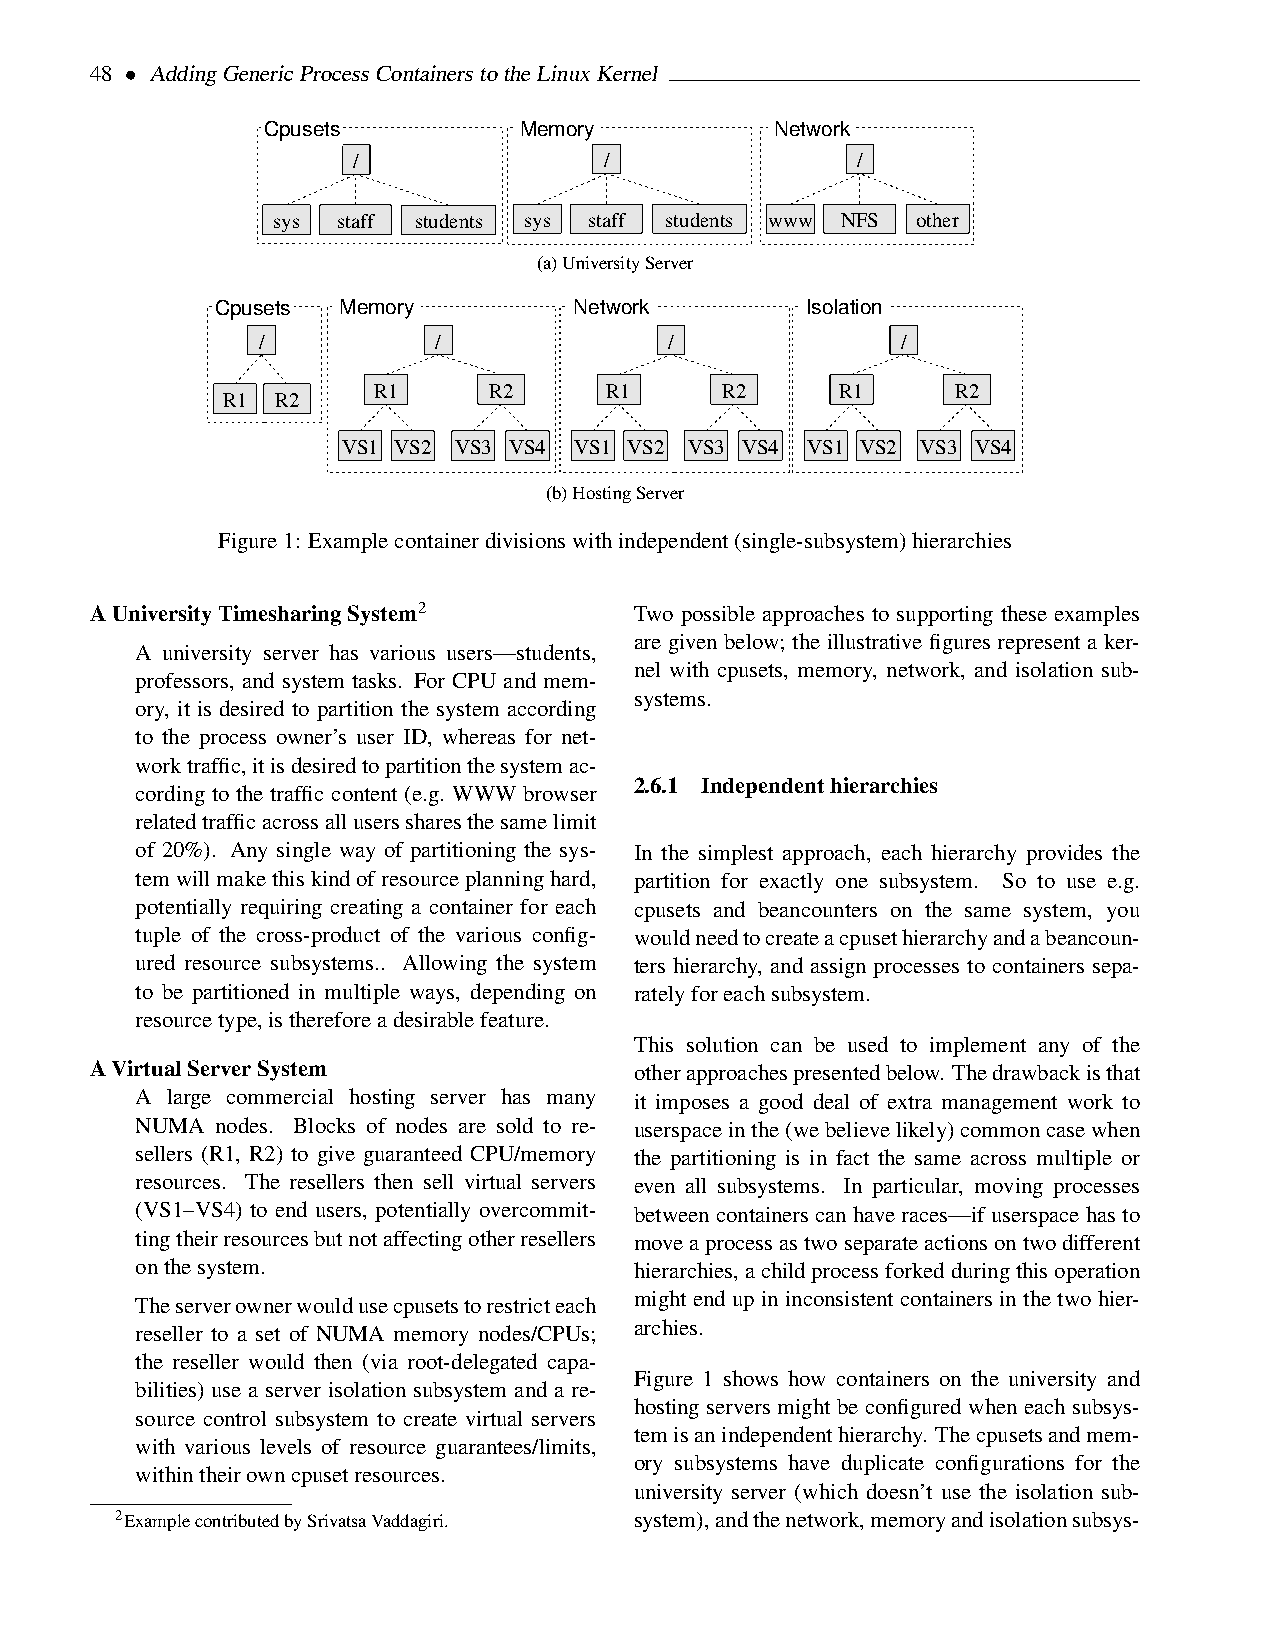
48 • AddingGenericProcessContainerstotheLinuxKernel
 Cpusets          Memory           Network
 /                /                /
 sys staff students sys staff students www NFS other
 (a)UniversityServer
 Cpusets Memory          Network        Isolation
 /           /              /               /
 R1     R2      R1      R2      R1     R2
 R1 R2
 VS1 VS2 VS3 VS4 VS1 VS2 VS3 VS4 VS1 VS2 VS3 VS4
 (b)HostingServer
 Figure1: Examplecontainerdivisionswithindependent(single-subsystem)hierarchies
 AUniversityTimesharingSystem2       Two possible approaches to supporting these examples
 are given below; the illustrative figures represent a ker-
 A university server has various users—students,
 nel with cpusets, memory, network, and isolation sub-
 professors, and system tasks. For CPU and mem-
 systems.
 ory, it is desired to partition the system according
 to the process owner’s user ID, whereas for net-
 worktraffic,itisdesiredtopartitionthesystemac-
 2.6.1 Independenthierarchies
 cording to the traffic content (e.g. WWW browser
 relatedtrafficacrossalluserssharesthesamelimit
 of 20%). Any single way of partitioning the sys- In the simplest approach, each hierarchy provides the
 temwillmakethiskindofresourceplanninghard, partition for exactly one subsystem. So to use e.g.
 potentially requiring creating a container for each cpusets and beancounters on the same system, you
 tuple of the cross-product of the various config- wouldneedtocreateacpusethierarchyandabeancoun-
 ured resource subsystems.. Allowing the system ters hierarchy, and assign processes to containers sepa-
 to be partitioned in multiple ways, depending on ratelyforeachsubsystem.
 resourcetype,isthereforeadesirablefeature.
 This solution can be used to implement any of the
 AVirtualServerSystem                otherapproachespresentedbelow. Thedrawbackisthat
 A large commercial hosting server has many it imposes a good deal of extra management work to
 NUMA nodes. Blocks of nodes are sold to re- userspaceinthe(webelievelikely)commoncasewhen
 sellers (R1, R2) to give guaranteed CPU/memory the partitioning is in fact the same across multiple or
 resources. The resellers then sell virtual servers even all subsystems. In particular, moving processes
 (VS1–VS4) to end users, potentially overcommit- between containers can have races—if userspace has to
 tingtheirresourcesbutnotaffectingotherresellers moveaprocessastwoseparateactionsontwodifferent
 onthesystem.                     hierarchies,achildprocessforkedduringthisoperation
 Theserverownerwouldusecpusetstorestricteach might end upin inconsistent containers inthe two hier-
 reseller to a set of NUMA memory nodes/CPUs; archies.
 the reseller would then (via root-delegated capa-
 Figure 1 shows how containers on the university and
 bilities) use a server isolation subsystem and a re-
 hosting servers might be configured when each subsys-
 source control subsystem to create virtual servers
 temisanindependenthierarchy. Thecpusetsandmem-
 with various levels of resource guarantees/limits,
 ory subsystems have duplicate configurations for the
 withintheirowncpusetresources.
 university server (which doesn’t use the isolation sub-
 2ExamplecontributedbySrivatsaVaddagiri. system),andthenetwork,memoryandisolationsubsys-